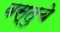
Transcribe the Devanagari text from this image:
वस्तुचे